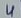
Text: 4